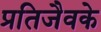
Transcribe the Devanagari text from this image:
प्रतिजैवके